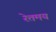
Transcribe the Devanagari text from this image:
रेतमय